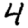
Digit: 4